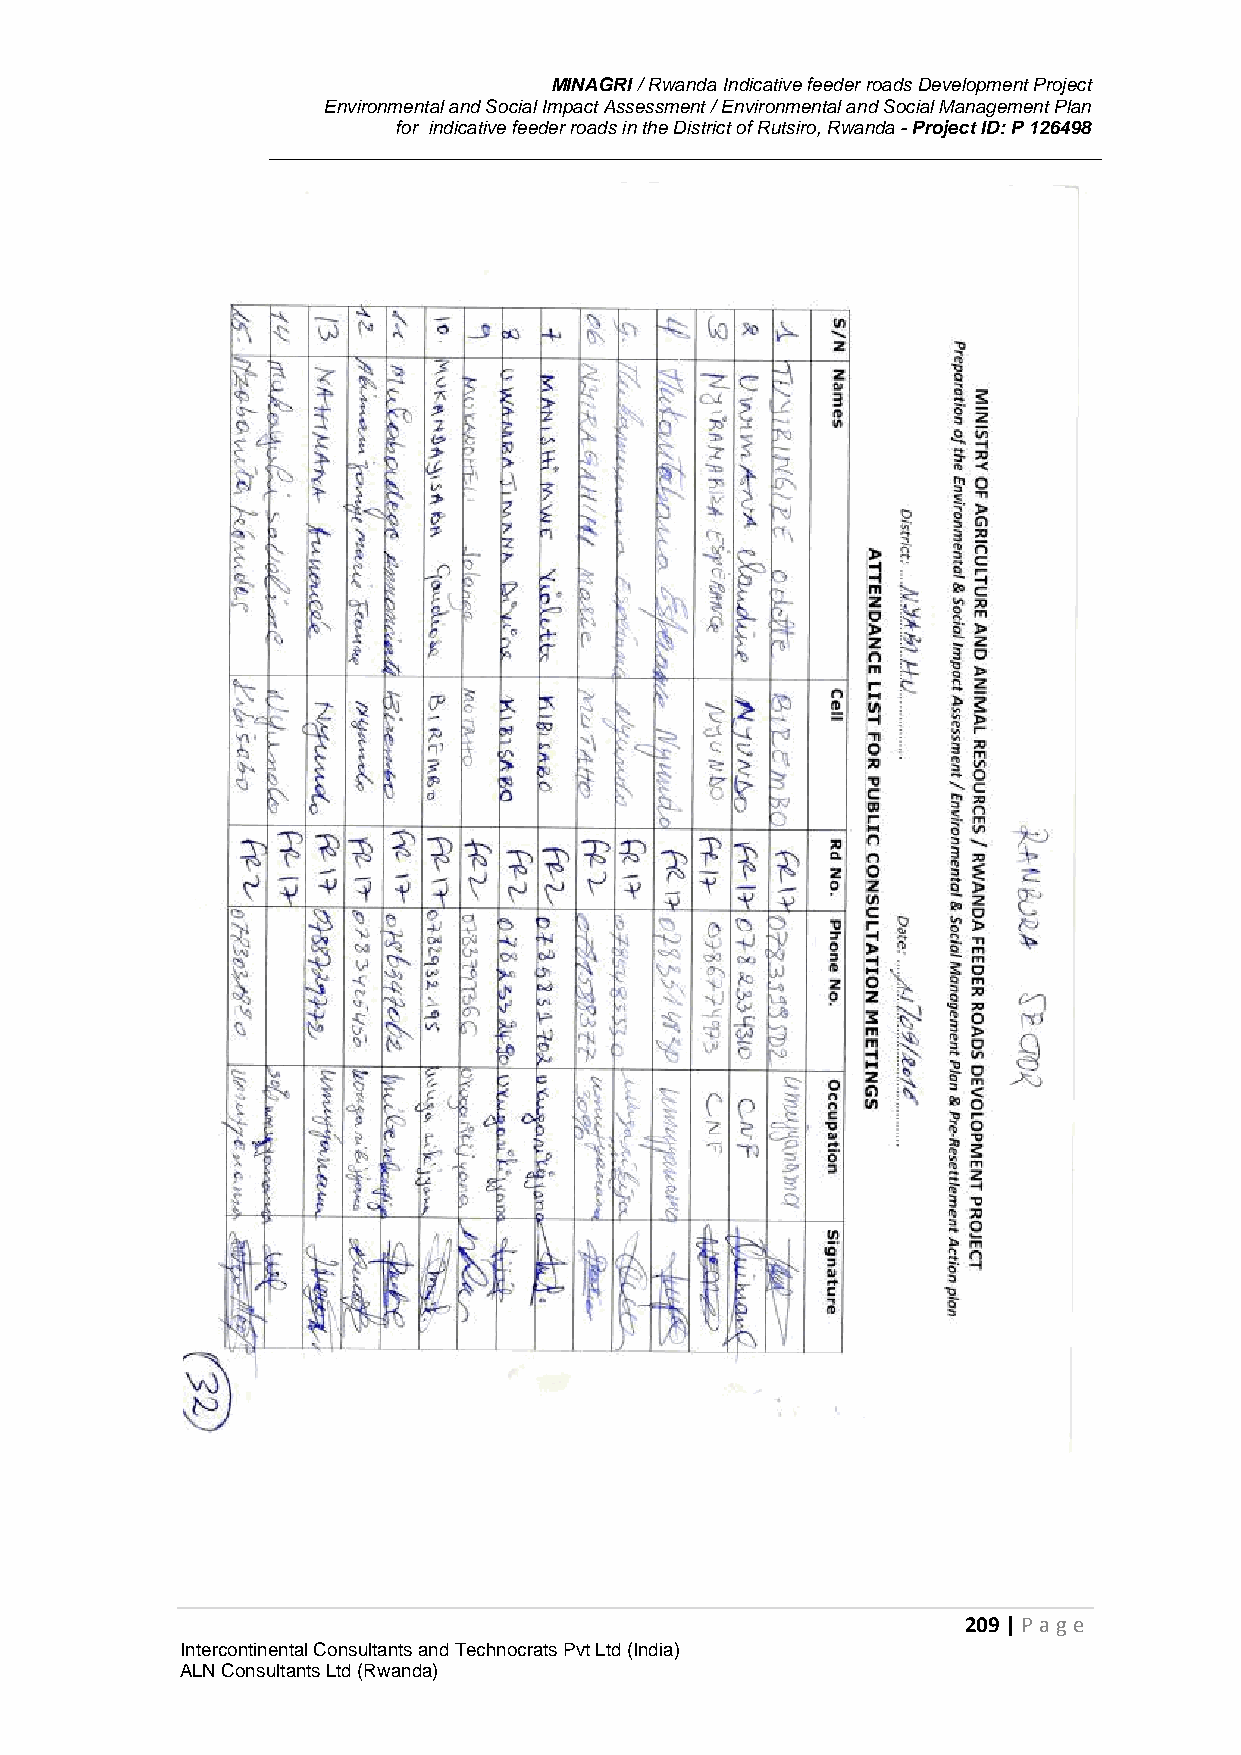
MINAGRI / Rwanda Indicative feeder roads Development Project
 Environmental and Social Impact Assessment / Environmental and Social Management Plan
 for indicative feeder roads in the District of Rutsiro, Rwanda - Project ID: P 126498
 209 | P age
 Intercontinental Consultants and Technocrats Pvt Ltd (India)
 ALN Consultants Ltd (Rwanda)